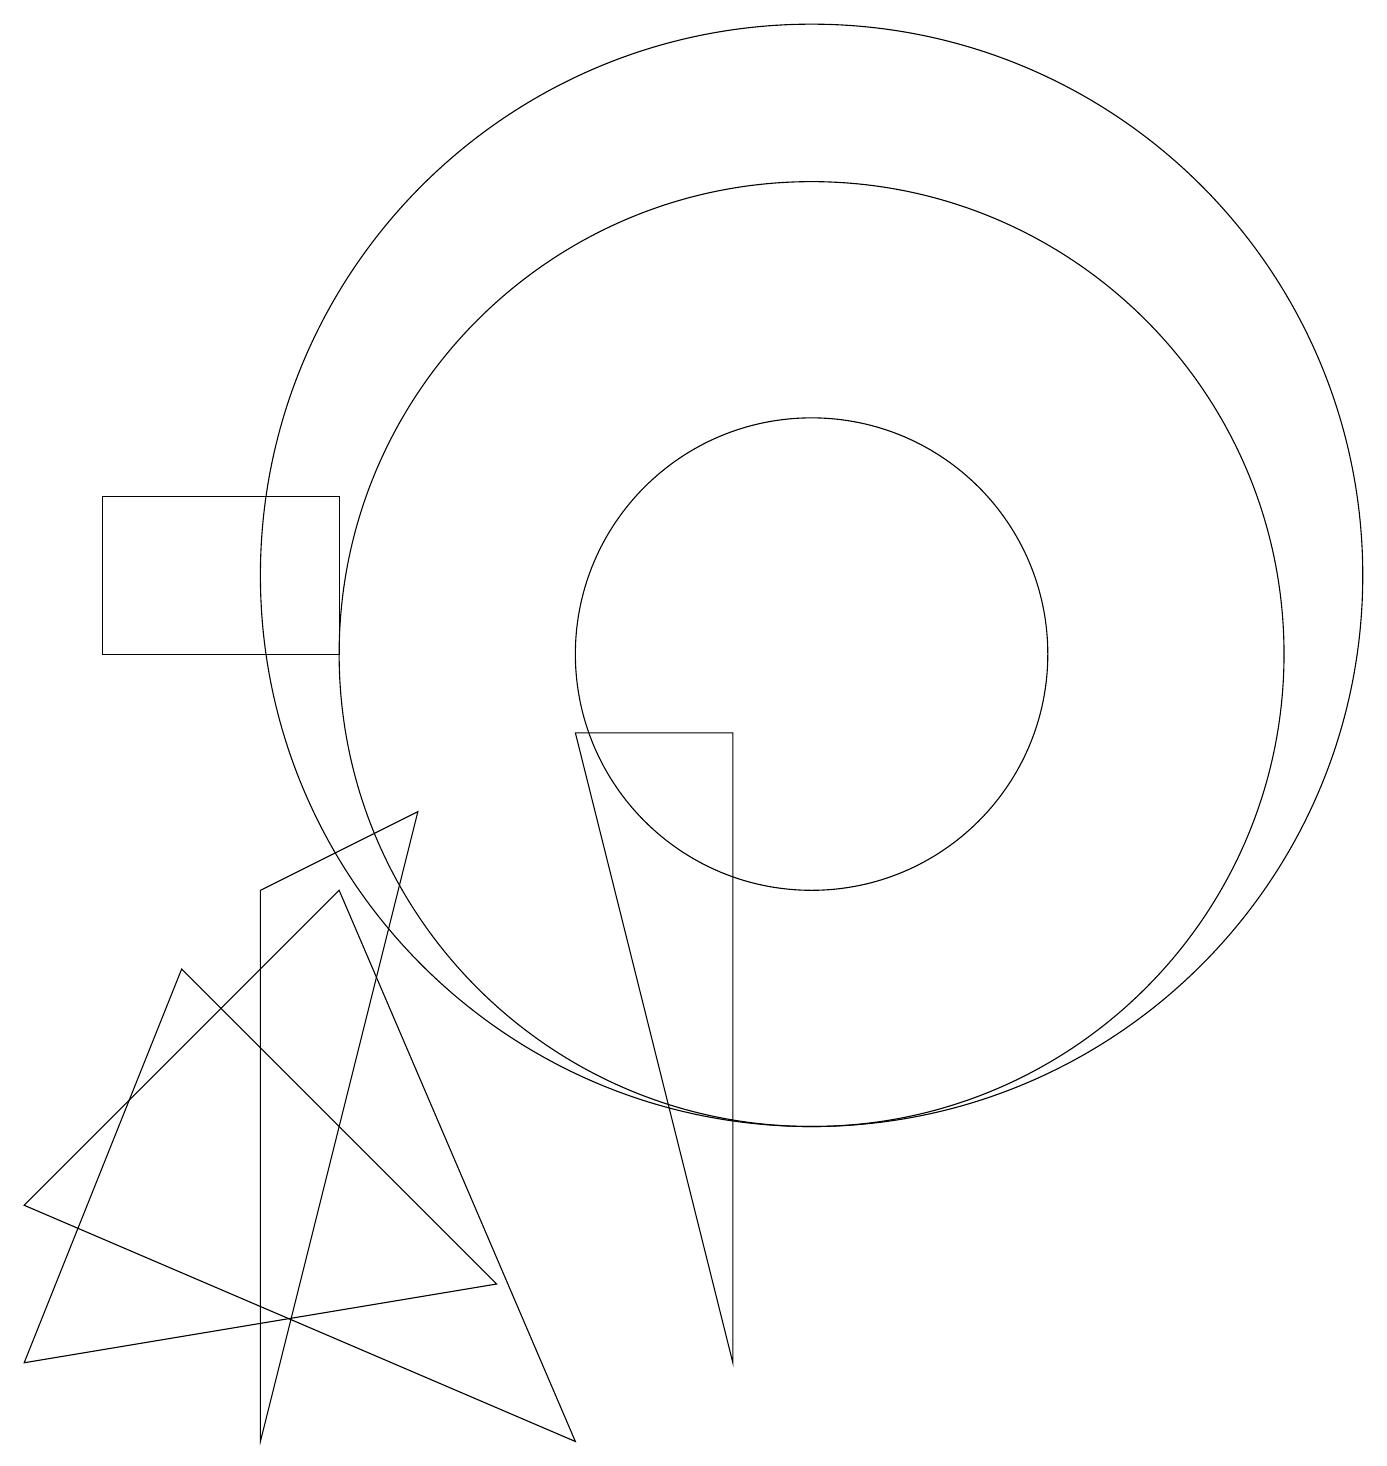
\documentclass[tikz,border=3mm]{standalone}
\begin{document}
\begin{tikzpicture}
\draw (0,1) -- (2,6) -- (6,2) -- cycle;
\draw (10,10) circle (3);
\draw (3,7) -- (5,8) -- (3,0) -- cycle;
\draw (9,1) -- (7,9) -- (9,9) -- cycle;
\draw (7,0) -- (0,3) -- (4,7) -- cycle;
\draw (10,10) circle (6);
\draw (10,11) circle (7);
\draw (4,10) rectangle (1,12);
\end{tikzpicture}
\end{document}